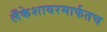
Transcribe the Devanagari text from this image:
लँकेशायरमार्फतच